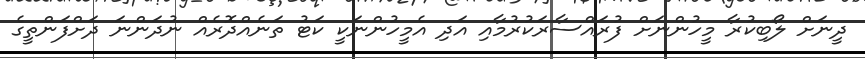
ދީނަށް ލޯބިކުރާ މީހުންނަށް ފުރައްސާރަކުރުމާއި އަދި އެމީހުންނަކީ ކަޓު ތަނެއްދޮރެއް ނުދަންނަ ދަށްފަންތީގެ